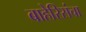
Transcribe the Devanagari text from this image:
बाहेरिसंचा